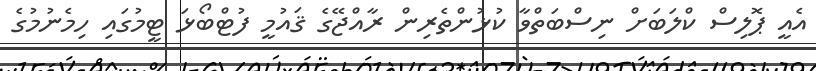
އެއީ ޕޮލިސް ކްލަބަށް ނިސްބަތްވާ ކުޅުންތެރިން ރާއްޖޭގެ ޤައުމީ ފުޓްބޯޅަ ޓީމުގައި ހިމެނުމުގެ